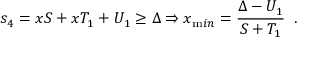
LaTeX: s _ { 4 } = x S + x T _ { 1 } + U _ { 1 } \geq \Delta \Rightarrow x _ { \mathrm m i n } = \frac { \Delta - U _ { 1 } } { S + T _ { 1 } } \; \; .